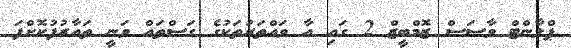
ޕްލާންޓް ވާސަސް ޒޮމްބީޒް 2 ގައި އާ ވައްތަރުތަކުގެ ގަސްތައް ވަނީ ތައާރުފުކޮށްފަ